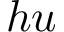
h u